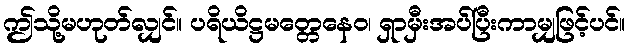
ဤသို့မဟုတ်လျှင်။ ပရိယိဋ္ဌမတ္တေနေဝ၊ ရှာမှီးအပ်ပြီးကာမျှဖြင့်ပင်။